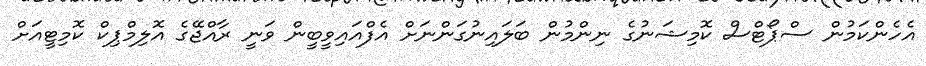
އެހެންކަމުން ސްޕޯޓްސް ކޮމިޝަނުގެ ނިންމުން ބަލައިނުގަންނަށް އެފްއައިވީބީން ވަނީ ރާއްޖޭގެ އޮލިމްޕިކް ކޮމިޓީއަށް